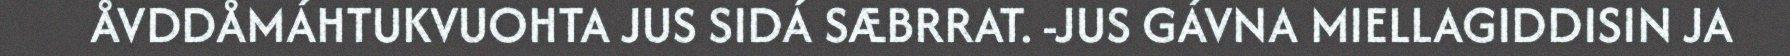
ÅVDDÅMÁHTUKVUOHTA JUS SIDÁ SÆBRRAT. -JUS GÁVNA MIELLAGIDDISIN JA